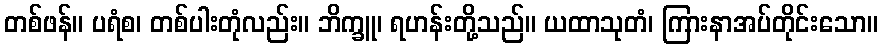
တစ်ဖန်။ ပရံစ၊ တစ်ပါးတုံလည်း။ ဘိက္ခူ၊ ရဟန်းတို့သည်။ ယထာသုတံ၊ ကြားနာအပ်တိုင်းသော။